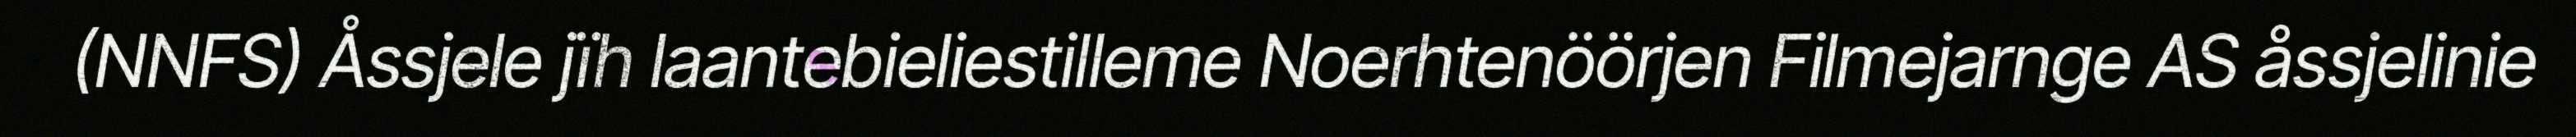
(NNFS) Åssjele jïh laantebieliestilleme Noerhtenöörjen Filmejarnge AS åssjelinie